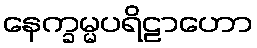
နေက္ခမ္မပရိဠာဟော